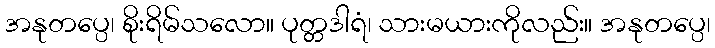
အနုတပ္ပေ၊ စိုးရိမ်သလော။ ပုတ္တဒါရံ၊ သားမယားကိုလည်း။ အနုတပ္ပေ၊